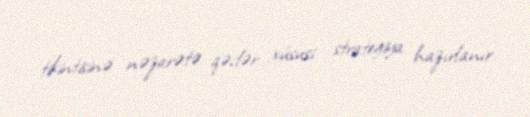
tikintisinə nəzarətə qədər xüsusi strategiya hazırlanır.